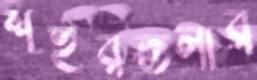
শহরতলার